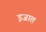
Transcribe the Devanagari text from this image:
इजात